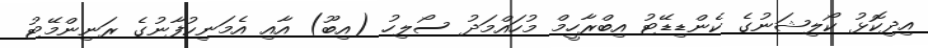
އިދިކޮޅު ކޯލިޝަނުގެ ކެންޑިޑޭޓު އިބްރާހީމް މުހައްމަދު ސޯލިހު (އިބޫ) އާއި އެމަނިކުފާނުގެ ރަނިންމޭޓު